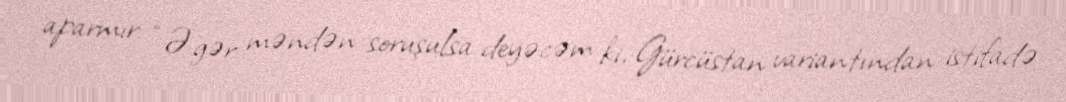
aparmır: “Əgər məndən soruşulsa deyəcəm ki, Gürcüstan variantından istifadə